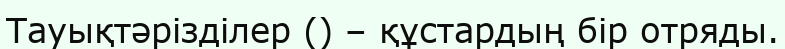
Тауықтәрізділер () – құстардың бір отряды.